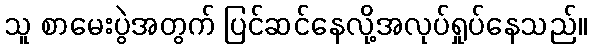
သူ စာမေးပွဲအတွက် ပြင်ဆင်နေလို့အလုပ်ရှုပ်နေသည်။